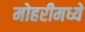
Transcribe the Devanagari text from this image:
मोहरीमध्ये